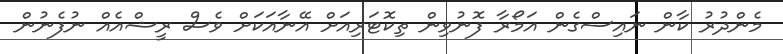
މެންދުރު ކާން ނައިސްގެން އަމޯރާ ފޮނުވިން ތިކޮޓަރިއަށް އޭނާއަކަށް ވެސް ރީޝްއެއް ނުފެނުން